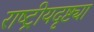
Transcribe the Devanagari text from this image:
राष्‍ट्रीयदृष्ट्या